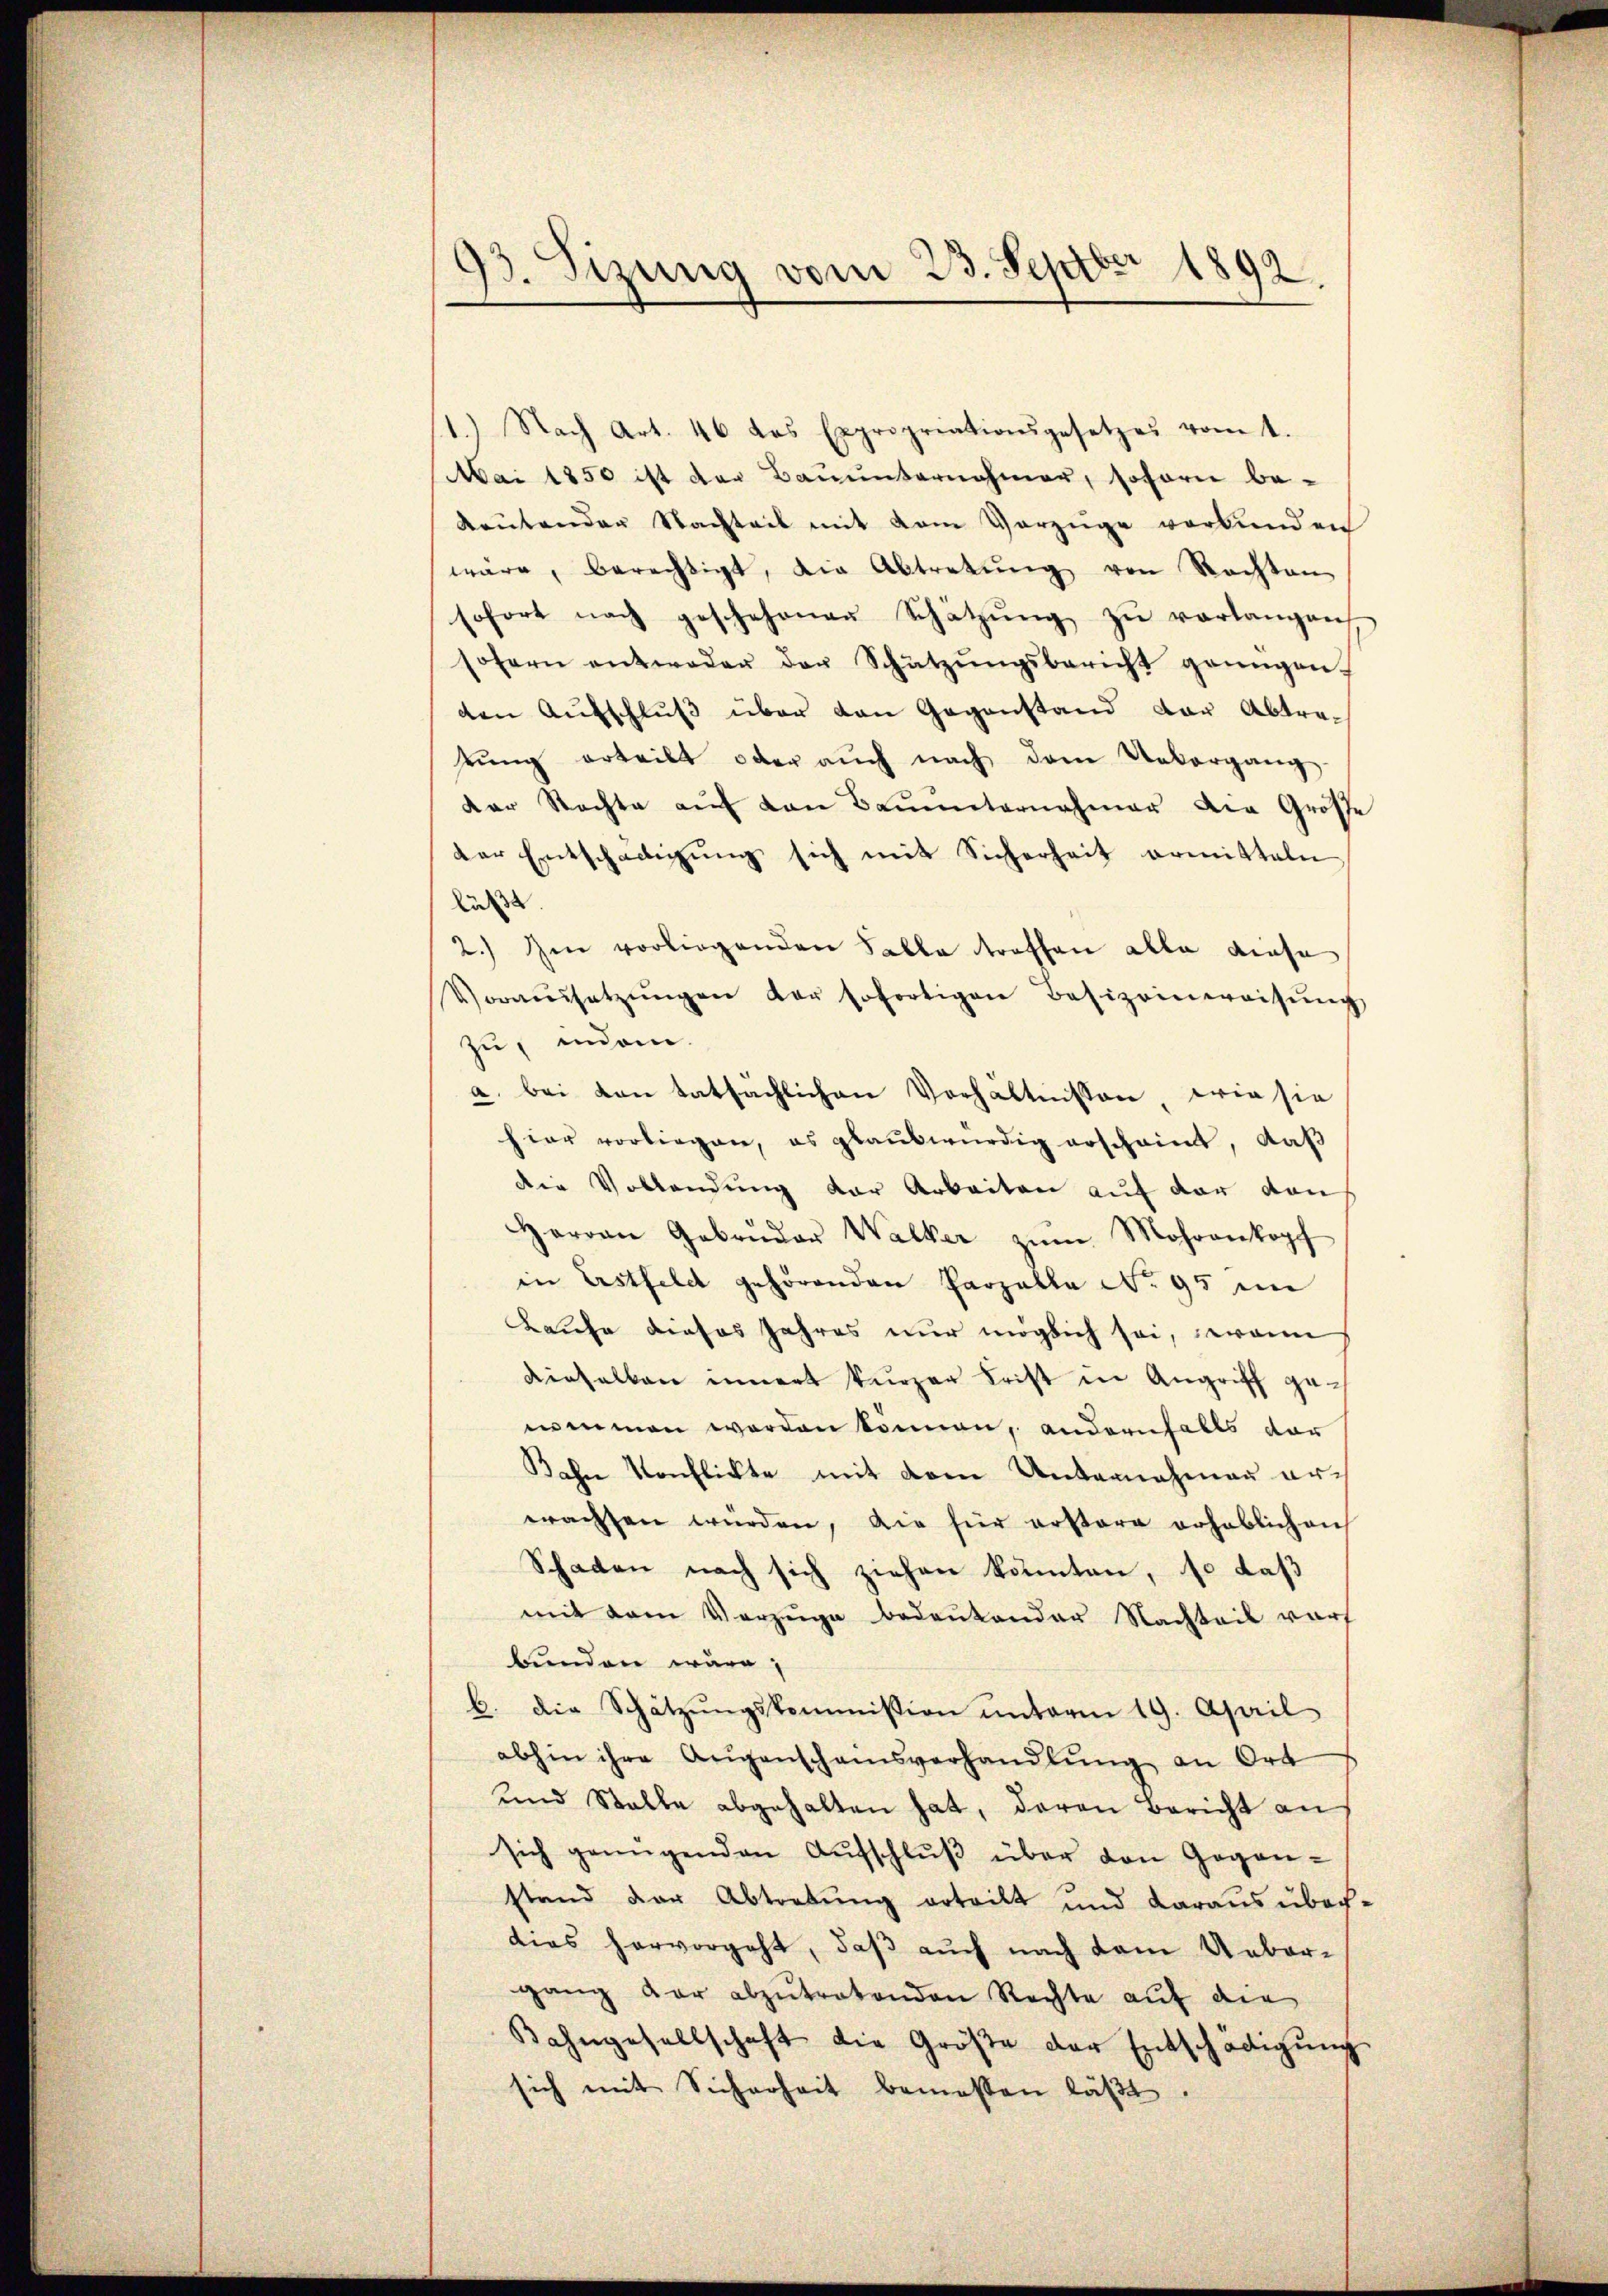
93. Sizung vom 23. Septbr 1892.

1.) Nach Art. 46 das Expropriationsgesetzes vom t.
Mai 1850 ist der Bauunternehmer, soforn be-
Rautender Nachteil mit vom Vorzüge verbunden
wäre, berechtigt, die Abtretŭng von Rechten
sofort nach geschehenen Schätzŭng zŭ verlangen,
sofern entweder der Schützŭngsbericht genügen.
den Aŭfschlŭβ über den Gegenstand der Abtretŭng erteilt oder auch nach dem Uebergang
der Rechte aŭf von Brŭnnternahmer die Große
der Entschädigŭng sich mit Sicherheit ermitteln
Lus
2.) Im vorliegenden Falle treffen alle diese
Voraussetzŭngen der sofortigen Besizeinweisŭng
zu, indem
a. bei von tatsächlichen Verhältnissen wie sie
hier vorliegen, es glaubwürdig erscheint, daß
die Vollendung der Arbeiten auf der von
Herren Gebrüder Walker zŭm Mohrankopf
in Erstfeld gehörenden Parzalle No 95 in
Kaufe dieses Jahres nur möglich sei, wenn
dieselben innert kurzer Frist in Angriff genommen worden können, andernfalls dar
Jahre Konflickte mit dem Unternehmen erwachsen würden, die für erstere erheblichen
Schaden nach sich ziehen könnten, so daß
mit dem Vorzuge bedenkender Nachteil vorh
bunden wäre,
b. die Schätzŭngskommission ŭnterm 19. April
abhin ihre Augenscheinsverhandlŭng an Ort
und Stalle abgehalten hat, daran Bericht an
sich genügenden Aŭfschlŭβ über den Gegen-
stand der Abtretung erteilt und daraus über-
dies hervorgeht, daß auch nach dem Ueber-
gang der abzŭtretenden Rechte auf die
Bahngesellschaft die Größe der Entschädigung
sich mit Sicherheit bemessen läβt.